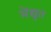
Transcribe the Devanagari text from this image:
मेंद्युत